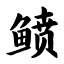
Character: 鲼